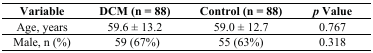
<table><thead><tr><td><b>Variable</b></td><td><b>DCM (n = 88)</b></td><td><b>Control (n = 88)</b></td><td><b><i>p</i> Value</b></td></tr></thead><tbody><tr><td>Age, years</td><td>59.6 ± 13.2</td><td>59.0 ± 12.7</td><td>0.767</td></tr><tr><td>Male, n (%)</td><td>59 (67%)</td><td>55 (63%)</td><td>0.318</td></tr></tbody></table>